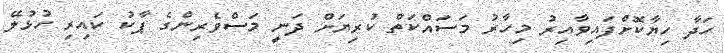
ހަދާ ހިޔާކޮށްފައިވާއިރު މިހާރު މަސައްކަތް ކުރިޔަށް ދަނީ މަސްވެރިންގެ ޕާކު ކައިރި ހުޅުލޭ